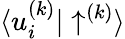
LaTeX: {\langle u_{i}^{(k)}|\uparrow^{(k)}\rangle}